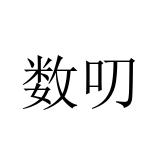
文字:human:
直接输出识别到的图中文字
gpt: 数叨